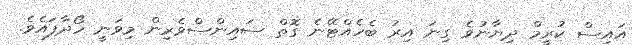
އައިސް ކުރީމް ދިޔާނުވެ ގިނަ އިރު ބެހެއްޓޭނެ ގޮތް ސައިންސްވެރިން މިވަނީ ހޯދާފައެވެ.